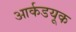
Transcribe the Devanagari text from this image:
आर्कडयूक